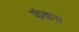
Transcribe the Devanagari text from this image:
फंका।